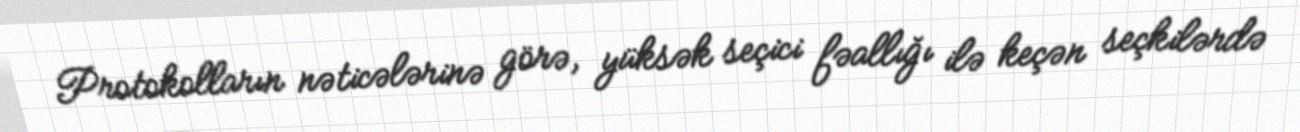
Protokolların nəticələrinə görə, yüksək seçici fəallığı ilə keçən seçkilərdə